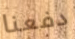
دفعنا